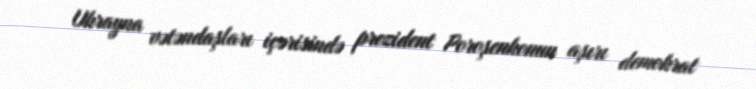
Ukrayna vətəndaşları içərisində prezident Poroşenkonun aşırı demokrat